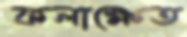
কলাক্ষেত